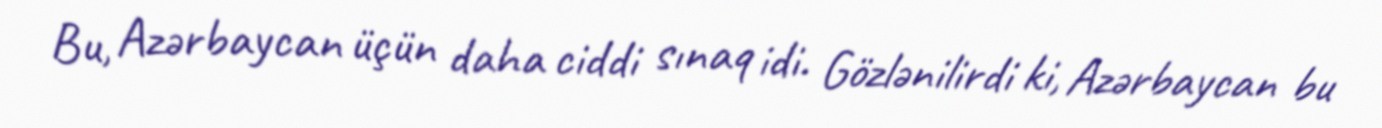
Bu, Azərbaycan üçün daha ciddi sınaq idi. Gözlənilirdi ki, Azərbaycan bu